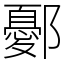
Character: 鄾